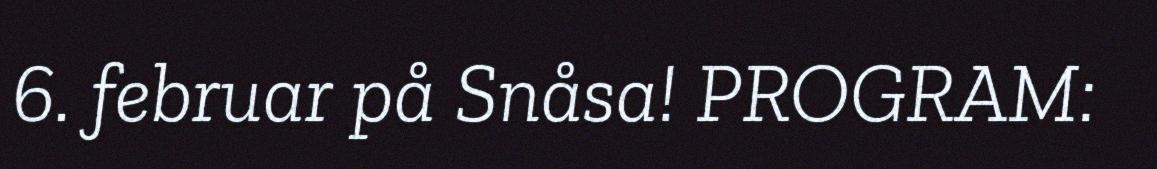
6. februar på Snåsa! PROGRAM: